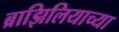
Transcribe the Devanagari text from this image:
ब्राझिलियाच्या